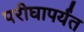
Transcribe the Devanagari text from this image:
परीघापर्यंत